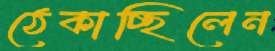
ঠেকাচ্ছিলেন